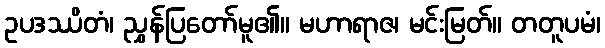
ဥပဒဿိတံ၊ ညွှန်ပြတော်မူ၏။ မဟာရာဇ၊ မင်းမြတ်။ တတူပမံ၊